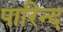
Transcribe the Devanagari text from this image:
पारिन्द